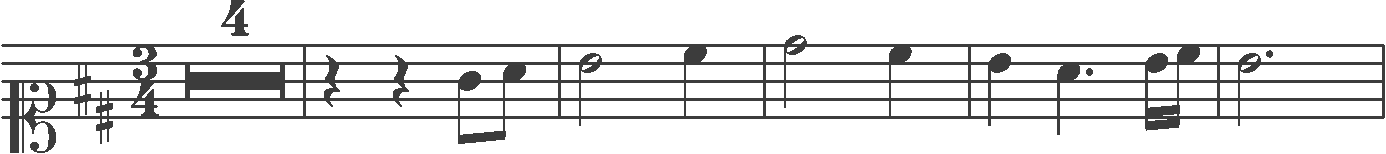
Transcription: clef-C1 keySignature-DM timeSignature-3/4 multirest-4 barline rest-quarter rest-quarter note-G4_eighth note-A4_eighth barline note-B4_half note-C#5_quarter barline note-D5_half note-C#5_quarter barline note-B4_quarter note-A4_quarter. note-B4_sixteenth note-C#5_sixteenth barline note-B4_half. barline